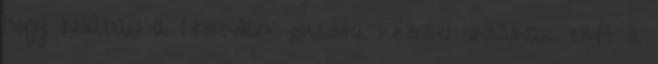
hogy Indiában a tezsvírek puszta kézzel cincálnak szét a